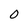
Character: 0